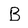
Character: B